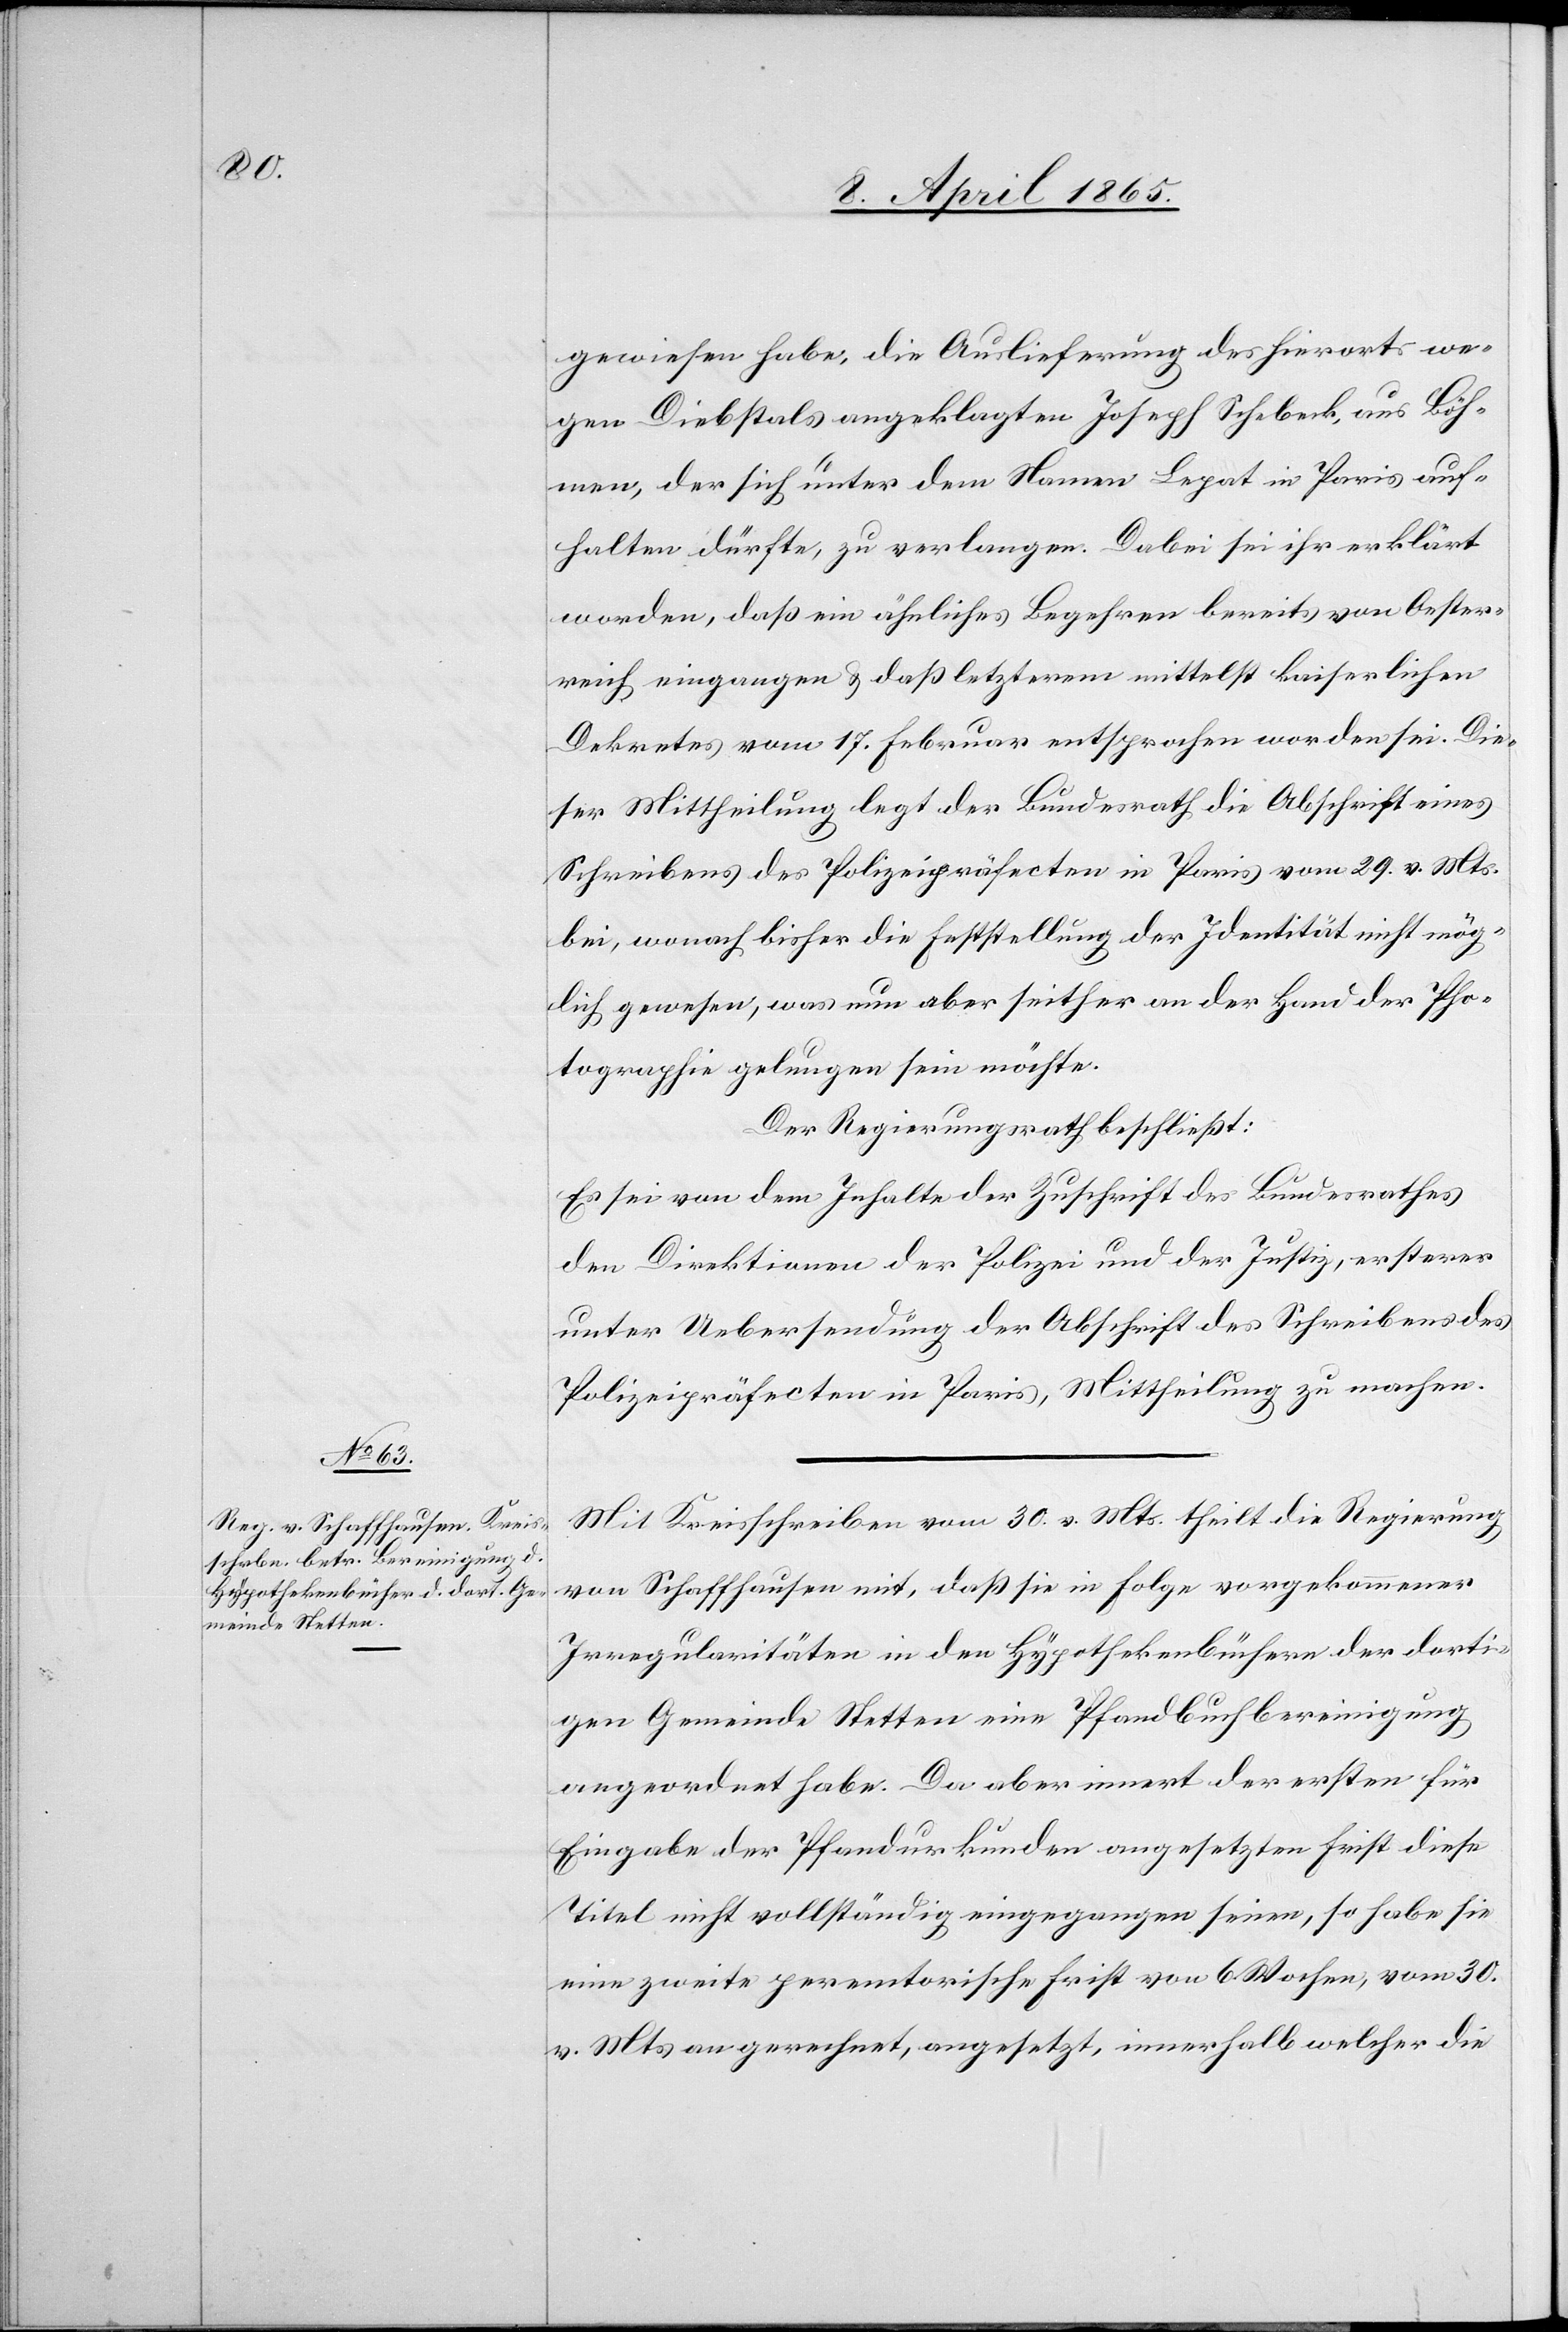
gewiesen habe, die Auslieferung des hierorts we¬
gen Diebstals angeklagten Joseph Schebeck, aus Böh¬
men, der sich unter dem Namen Legat in Paris auf¬
halten dürfte, zu verlangen. Dabei sei ihr erklärt
worden, daß ein ähnliches Begehren bereits von Oester¬
reich eing[eg]angen & daß letzterem mittelst kaiserlichen
Dekretes vom 17. Februar entsprochen worden sei. Die¬
ser Mittheilung legt der Bundesrath die Abschrift eines
Schreibens des Polizeipräfecten in Paris vom 29. v. Mts.
bei, wonach bisher die Feststellung der Identität nicht mög¬
lich gewesen, was nun aber seither an der Hand der Pho¬
tographie gelungen sein möchte.
Der Regierungsrath beschließt:
Es sei von dem Inhalte der Zuschrift des Bundesrathes
den Direktionen der Polizei und der Justiz, ersterer
unter Uebersendung der Abschrift des Schreibens des
Polizeipräfecten in Paris, Mittheilung zu machen.
Mit Kreisschreiben vom 30. v. Mts. theilt die Regierung
von Schaffhausen mit, daß sie in Folge vorgekommener
Irregularitäten in den Hypothekenbüchern der dorti¬
gen Gemeinde Stetten eine Pfandbuchbereinigung
angeordnet habe. Da aber innert der ersten für
Eingabe der Pfandurkunden angesetzten Frist diese
Titel nicht vollständig eingegangen seien, so habe sie
eine zweite peremtorische Frist von 6 Wochen, vom 30.
v. Mts angerechnet, angesetzt, innerhalb welcher die